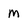
Character: M